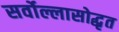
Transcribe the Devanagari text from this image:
सर्वोल्लासोद्धृत